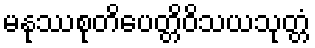
မနုဿစုတိပေတ္တိဝိသယသုတ္တံ